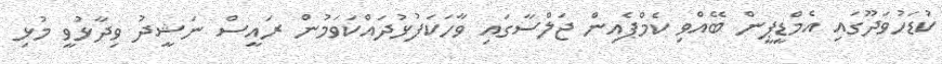
ކުޑަހުވަދޫގައި އެމްޑީޕީން ބޭއްވި ކެމްޕެއިން ޖަލްސާގައި ވާހަކަފުޅުދައްކަވަމުން ރައީސް ނަޝީދު ވިދާޅުވީ މުޅި